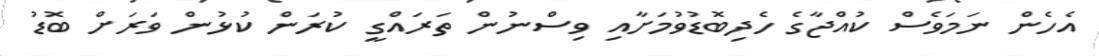
އެހެން ނަމަވެސް ކުއްޖާގެ ހެދިބޮޑުވުމަށާއި ވިސްނުން ތަރައްގީ ކުރަން ކުޅުން ވަަރަށް ބޮޑު